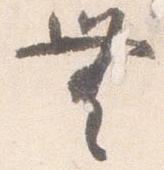
無